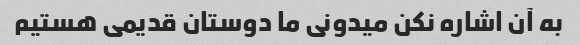
به آن اشاره نکن میدونی ما دوستان قدیمی هستیم